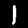
Digit: 1